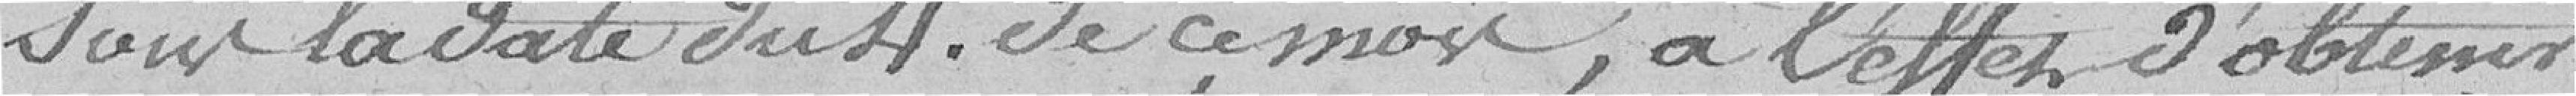
Sous la date du 4 de ce mois, à l'effet d'obtenir